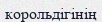
корольдігінің